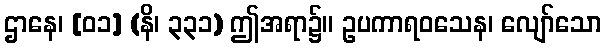
ဌာနေ၊ [၀၁] (နိ၊ ၃၃၁) ဤအရာ၌။ ဥပကာရဝသေန၊ လျော်သော